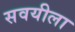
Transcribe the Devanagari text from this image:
सवयीला